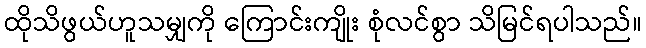
ထိုသိဖွယ်ဟူသမျှကို ကြောင်းကျိုး စုံလင်စွာ သိမြင်ရပါသည်။